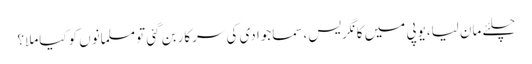
چلئے مان لیا،یوپی میں کانگریس،سماجوادی کی سرکاربن گئی تومسلمانوں کوکیاملا؟